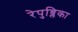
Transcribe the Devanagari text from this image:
रेपुब्लिका